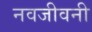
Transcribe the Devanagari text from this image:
नवजीवनी